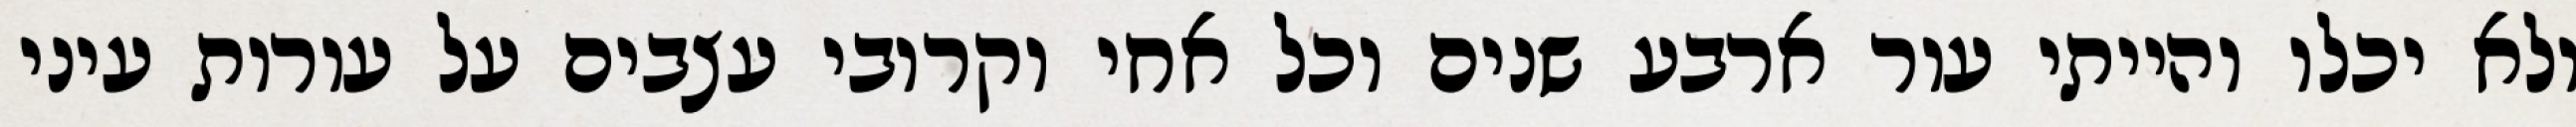
ולא יכלו והייתי עור ארבע שנים וכל אחי וקרובי עצבים על עורות עיני